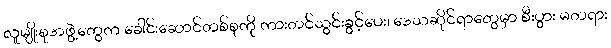
လူမျိုးစုအဖွဲ့တွေက ခေါင်းဆောင်တစ်စုကို ကားတင်သွင်းခွင့်ပေး၊ ဒေသဆိုင်ရာတွေမှာ စီးပွား မတရား